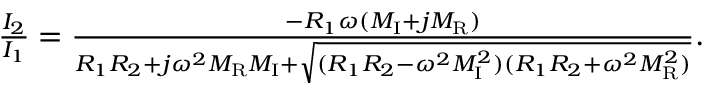
\begin{array} { r } { \frac { I _ { 2 } } { I _ { 1 } } = \frac { - R _ { 1 } \omega ( M _ { \mathrm { I } } + j M _ { \mathrm { R } } ) } { R _ { 1 } R _ { 2 } + j \omega ^ { 2 } M _ { \mathrm { R } } M _ { \mathrm { I } } + \sqrt { ( R _ { 1 } R _ { 2 } - \omega ^ { 2 } M _ { \mathrm { I } } ^ { 2 } ) ( R _ { 1 } R _ { 2 } + \omega ^ { 2 } M _ { \mathrm { R } } ^ { 2 } ) } } . } \end{array}